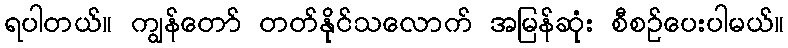
ရပါတယ်။ ကျွန်တော် တတ်နိုင်သလောက် အမြန်ဆုံး စီစဉ်ပေးပါမယ်။